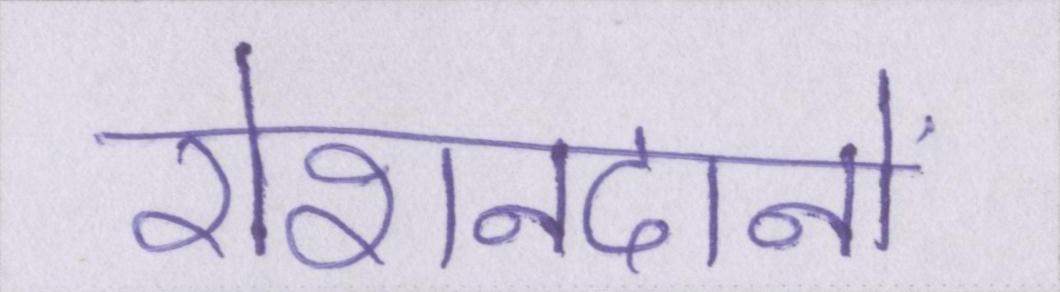
रोशनदानों